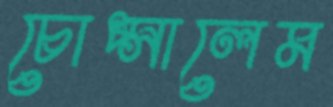
চোপ্‌সালেম